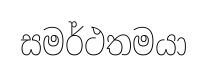
සමර්ථතමයා